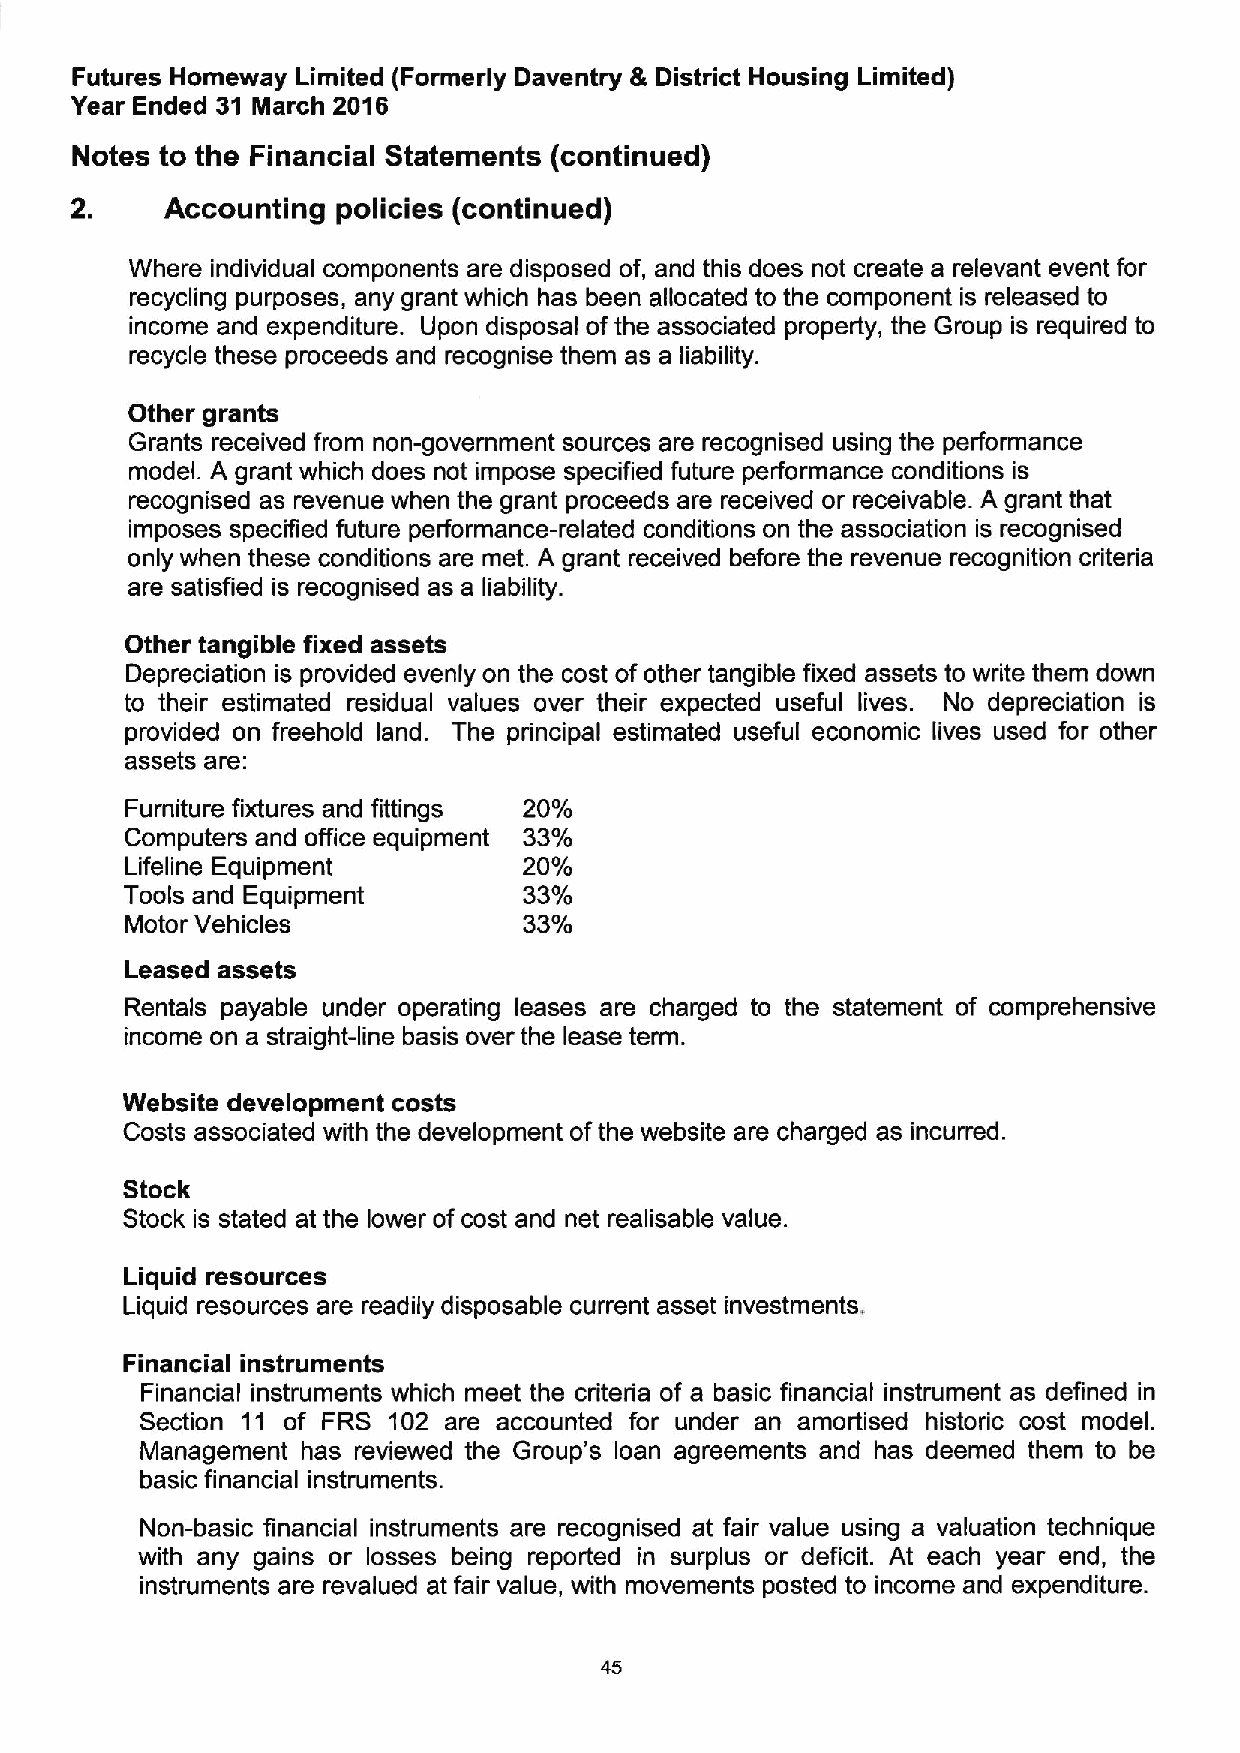
Futures Homeway Limited (Formerly Daventry &District Housing Limited)
 Year Ended 31 March 2016
 Notes to the Financial Statements (continued)
 Accounting policies (continued)
 Where individual components are disposed of, and this does not create a relevant event for
 recycling purposes, any grant which has been allocated to the component is released to
 income and expenditure. Upon disposal ofthe associated property, the Group is required to
 recycle these proceeds and recognise them as a liability.
 Other grants
 Grants received from non-government sources are recognised using the performance
 model. A grant which does not impose specified future performance conditions is
 recognised as revenue when the grant proceeds are received or receivable. A grant that
 imposes specified future performance-related conditions on the association is recognised
 only when these conditions are met. A grant received before the revenue recognition criteria
 are satisfied is recognised as a liability.
 Other tangible fixed assets
 Depreciation is provided evenly on the cost ofother tangible fixed assets to write them down
 to their estimated residual values over their expected useful lives. No depreciation is
 provided on freehold land. The principal estimated useful economic lives used for other
 assets are:
 Furniture fixtures and fittings 20%
 Computers and office equipment 33%
 Lifeline Equipment         20%
 Tools and Equipment        33%
 Motor Vehicles             33%
 Leased assets
 Rentals payable under operating leases are charged to the statement of comprehensive
 income on a straight-line basis over the lease term.
 Website development costs
 Costs associated with the development ofthe website are charged as incurred.
 Stock
 Stock is stated at the lower of cost and net realisable value.
 Liquid resources
 Liquid resources are readily disposable current asset investments,
 Financial instruments
 Financial instruments which meet the criteria of a basic financial instrument as defined in
 Section 11 of FRS 102 are accounted for under an amortised historic cost model.
 Management has reviewed the Group's loan agreements and has deemed them to be
 basic financial instruments.
 Non-basic financial instruments are recognised at fair value using a valuation technique
 with any gains or losses being reported in surplus or deficit. At each year end, the
 instruments are revalued at fair value, with movements posted to income and expenditure.
 45